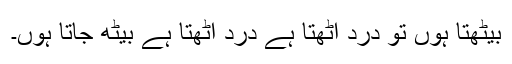
بیٹھتا ہوں تو درد اٹھتا ہے درد اٹھتا ہے بیٹھ جاتا ہوں۔